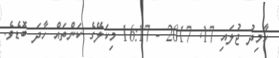
ހާމިދު ޖުލައި 17